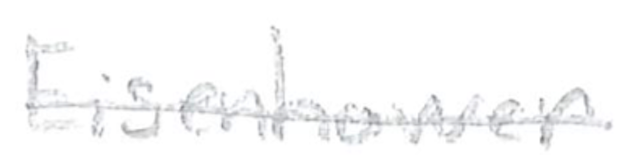
Text: Eisenhower
Cross-out: single-line
Writing tool: pencil